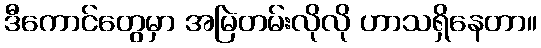
ဒီကောင်တွေမှာ အမြဲတမ်းလိုလို ဟာသရှိနေတာ။